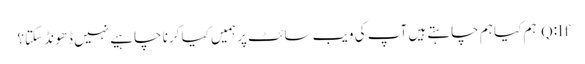
Q:If ہم کیا ہم چاہتے ہیں آپ کی ویب سائٹ پر ہمیں کیا کرنا چاہیے نہیں ڈھونڈ سکتا؟